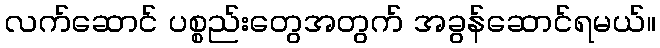
လက်ဆောင် ပစ္စည်းတွေအတွက် အခွန်ဆောင်ရမယ်။